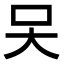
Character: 㕦